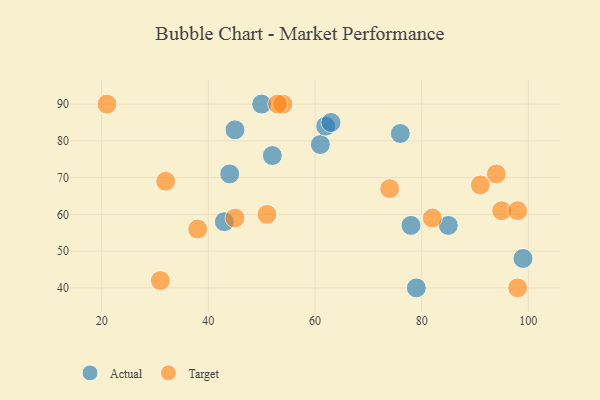
{"axis": {"x": "GDP", "y": "Life Expectancy"}, "legend": ["Actual", "Target"], "data": [{"x": "79", "y": 40, "type": "Actual"}, {"x": "76", "y": 82, "type": "Actual"}, {"x": "43", "y": 58, "type": "Actual"}, {"x": "61", "y": 79, "type": "Actual"}, {"x": "44", "y": 71, "type": "Actual"}, {"x": "50", "y": 90, "type": "Actual"}, {"x": "78", "y": 57, "type": "Actual"}, {"x": "52", "y": 76, "type": "Actual"}, {"x": "45", "y": 83, "type": "Actual"}, {"x": "62", "y": 84, "type": "Actual"}, {"x": "99", "y": 48, "type": "Actual"}, {"x": "85", "y": 57, "type": "Actual"}, {"x": "63", "y": 85, "type": "Actual"}, {"x": "51", "y": 60, "type": "Target"}, {"x": "54", "y": 90, "type": "Target"}, {"x": "38", "y": 56, "type": "Target"}, {"x": "21", "y": 90, "type": "Target"}, {"x": "74", "y": 67, "type": "Target"}, {"x": "82", "y": 59, "type": "Target"}, {"x": "98", "y": 40, "type": "Target"}, {"x": "95", "y": 61, "type": "Target"}, {"x": "94", "y": 71, "type": "Target"}, {"x": "32", "y": 69, "type": "Target"}, {"x": "91", "y": 68, "type": "Target"}, {"x": "31", "y": 42, "type": "Target"}, {"x": "53", "y": 90, "type": "Target"}, {"x": "98", "y": 61, "type": "Target"}, {"x": "45", "y": 59, "type": "Target"}]}